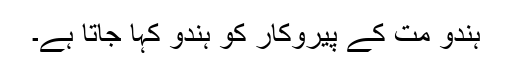
ہندو مت کے پیروکار کو ہندو کہا جاتا ہے۔